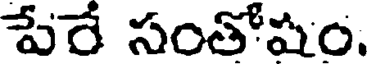
పేరే సంతోషం.